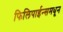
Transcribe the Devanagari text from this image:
फिलिपाईन्समधून